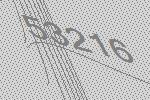
53216